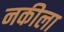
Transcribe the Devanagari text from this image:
नकीला